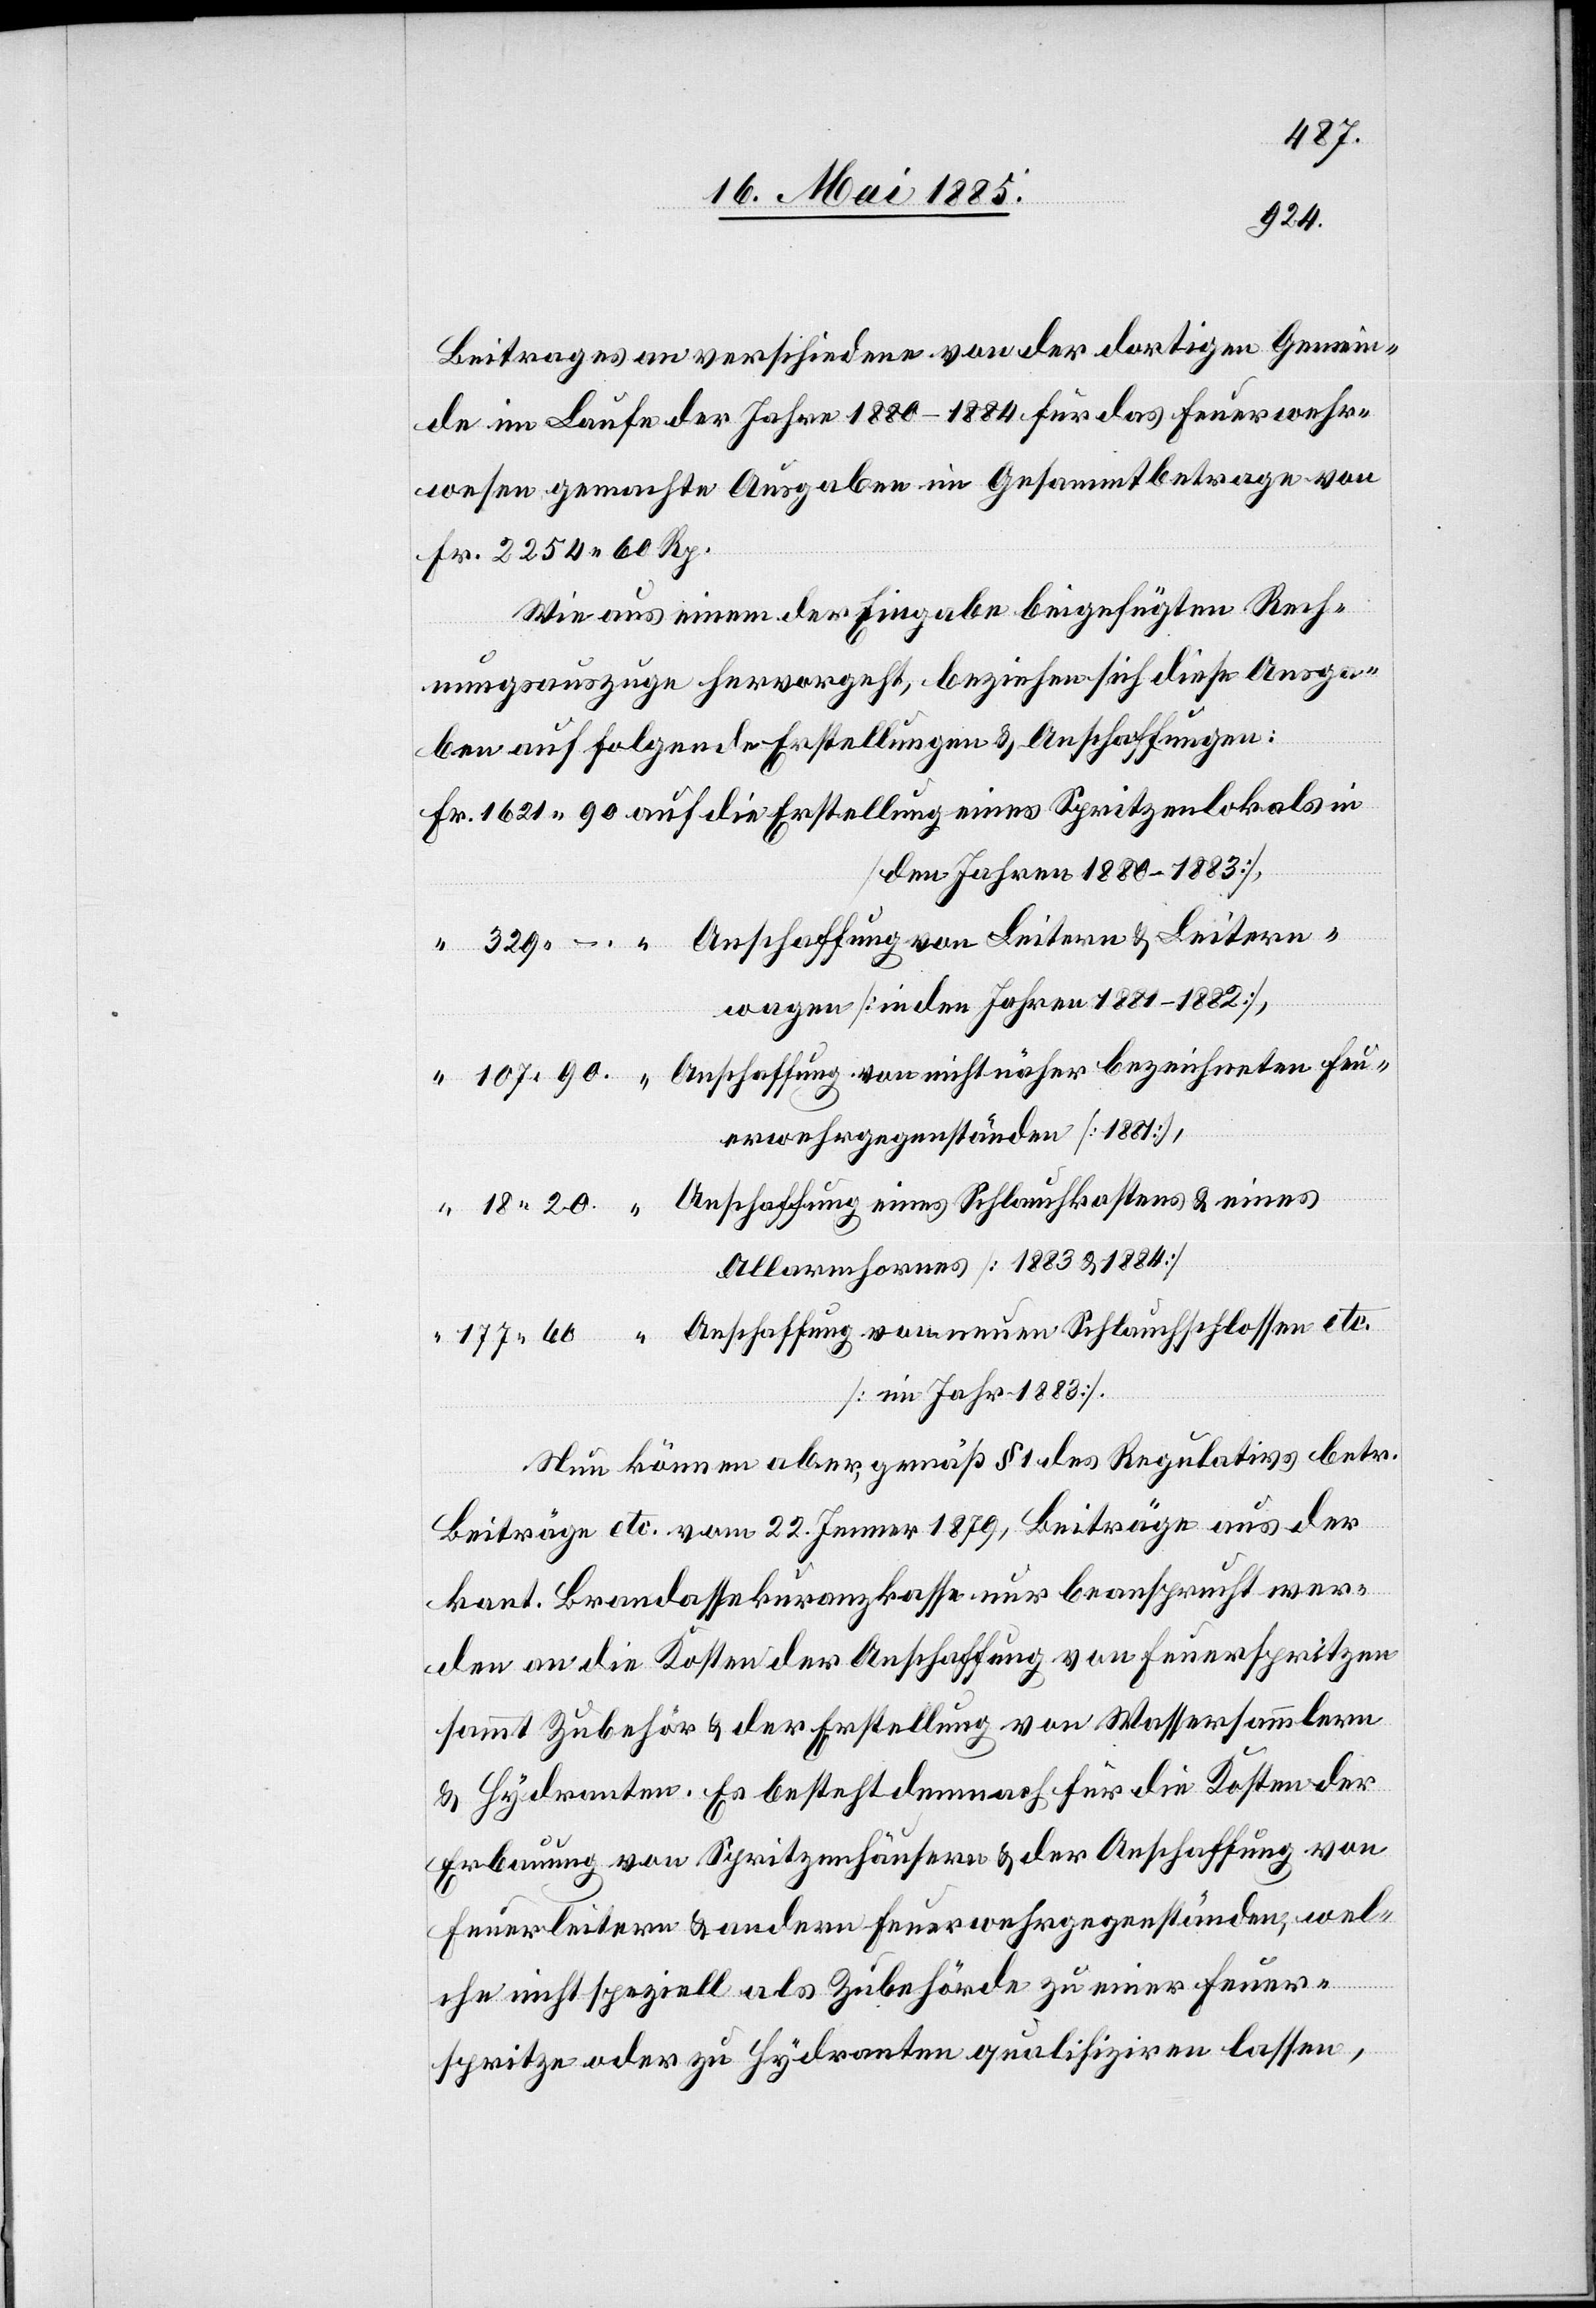
177.
329.
Beitrages an verschiedene von der dortigen Gemein¬
de im Laufe der Jahre 1880–1884 für das Feuerwehr¬
wesen gemachte Ausgaben im Gesammtbetrage von
Fr. 2254 60 Rp.
Wie aus einem der Eingabe beigefügten Rech¬
nungsauszuge hervorgeht, beziehen sich diese Ausga¬
ben auf folgende Erstellungen & Anschaffungen:
[den Jahren 1880–1883],
wagen [in den Jahren 1881–1882]
Anschaffung von nicht näher bezeichneten Feu¬
erwehrgegenständen [1881],
Anschaffung eines Schlauchkastens & eines
Alarmhornes [1883 & 1884]
[im Jahr 1883]
Nun können aber, gemäß § 1 des Regulativs betr.
Beiträge etc. vom 22. Jenner 1879, Beiträge aus der
kant. Brandassekuranzkasse nur beansprucht wer¬
den an die Kosten der Anschaffung von Feuerspritzen
sammt Zubehör & der Erstellung von Wassersammlern
& Hydranten. Es besteht demnach für die Kosten der
Erbauung von Spritzenhäusern & der Anschaffung von
Feuerleitern & andern Feuerwehrgegenständen, wel¬
[s¬
ich] nicht speziell als Zubehörde zu einer Feuer¬
spritze oder zu Hydranten qualifizieren lassen,